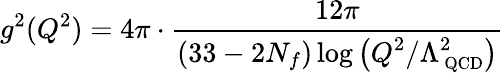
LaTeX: g^{2}(Q^{2})=4\pi\cdot\frac{12\pi}{\displaystyle(33-2N_{f})\log\left(Q^{2}/\Lambda_{\mathrm{\small~QCD}}^{2}\right)}